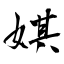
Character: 娸